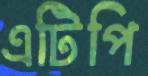
এটিপি